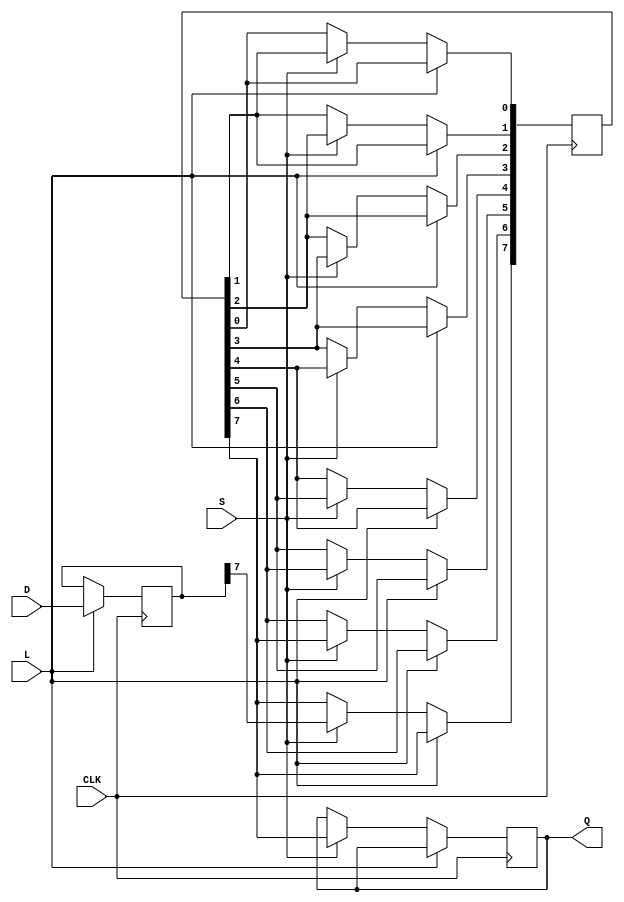
module TwoStagePISO #(
    parameter N = 8  // Number of parallel input lines (can be adjusted)
)(
    input wire [N-1:0] D,  // Parallel input data
    input wire L,          // Load signal
    input wire S,          // Shift signal
    input wire CLK,        // Clock signal
    output reg Q           // Serial output data
);

    // Internal registers for the two stages
    reg [N-1:0] stage1;    // Stage 1 register
    reg [N-1:0] stage2;    // Stage 2 register
    integer i;             // Loop variable

    always @(posedge CLK) begin
        if (L) begin
            // Load data into stage 1
            stage1 <= D;    // Load parallel data into stage 1
        end else if (S) begin
            // Shift data from stage 1 to stage 2, then shift out from stage 2
            stage2 <= stage1; // Transfer data from stage 1 to stage 2
            Q <= stage2[N-1]; // Output the MSB of stage 2
            
            // Shift stage2 left (if needed for further shifts)
            for (i = N-1; i > 0; i = i - 1) begin
                stage2[i-1] <= stage2[i]; // Shift left
            end
        end
    end

    // Initialize output Q to zero
    initial begin
        Q = 1'b0;
        stage1 = {N{1'b0}};
        stage2 = {N{1'b0}};
    end

endmodule